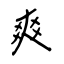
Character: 爽